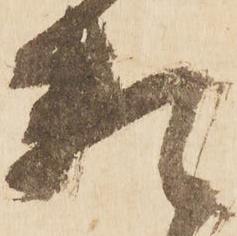
頼